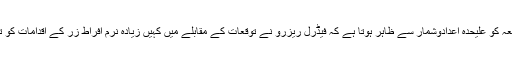
اگرچہ جمعہ کو علیحدہ اعدادوشمار سے ظاہر ہوتا ہے کہ فیڈرل ریزرو نے توقعات کے مقابلے میں کہیں زیادہ نرم افراط زر کے اقدامات کو ترجیح دی۔